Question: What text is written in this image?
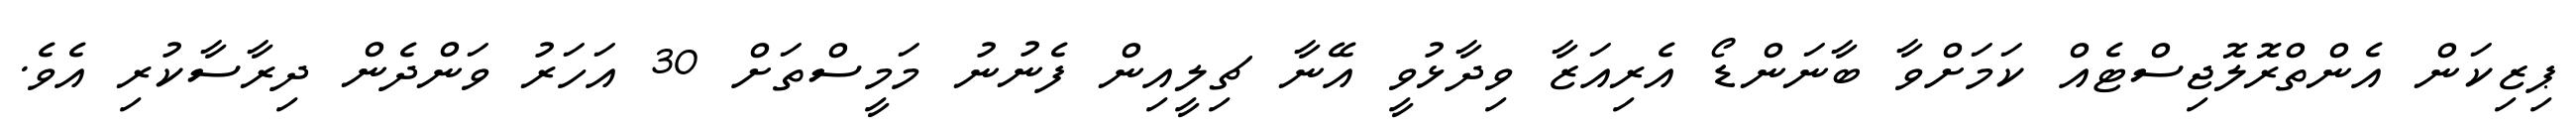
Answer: ޕިޒިކަން އެންތްރޮލޮޖިސްޓެއް ކަމަށްވާ ބާނަންޑޯ އެރިއަޒާ ވިދާޅުވީ އޭނާ ޗިލީއިން ފެނުނު މަމީސްތަށް 30 އަހަރު ވަންދެން ދިރާސާކުރި އެވެ.